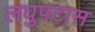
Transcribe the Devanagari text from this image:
लघुपटास